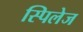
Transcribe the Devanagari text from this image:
स्पिलेज